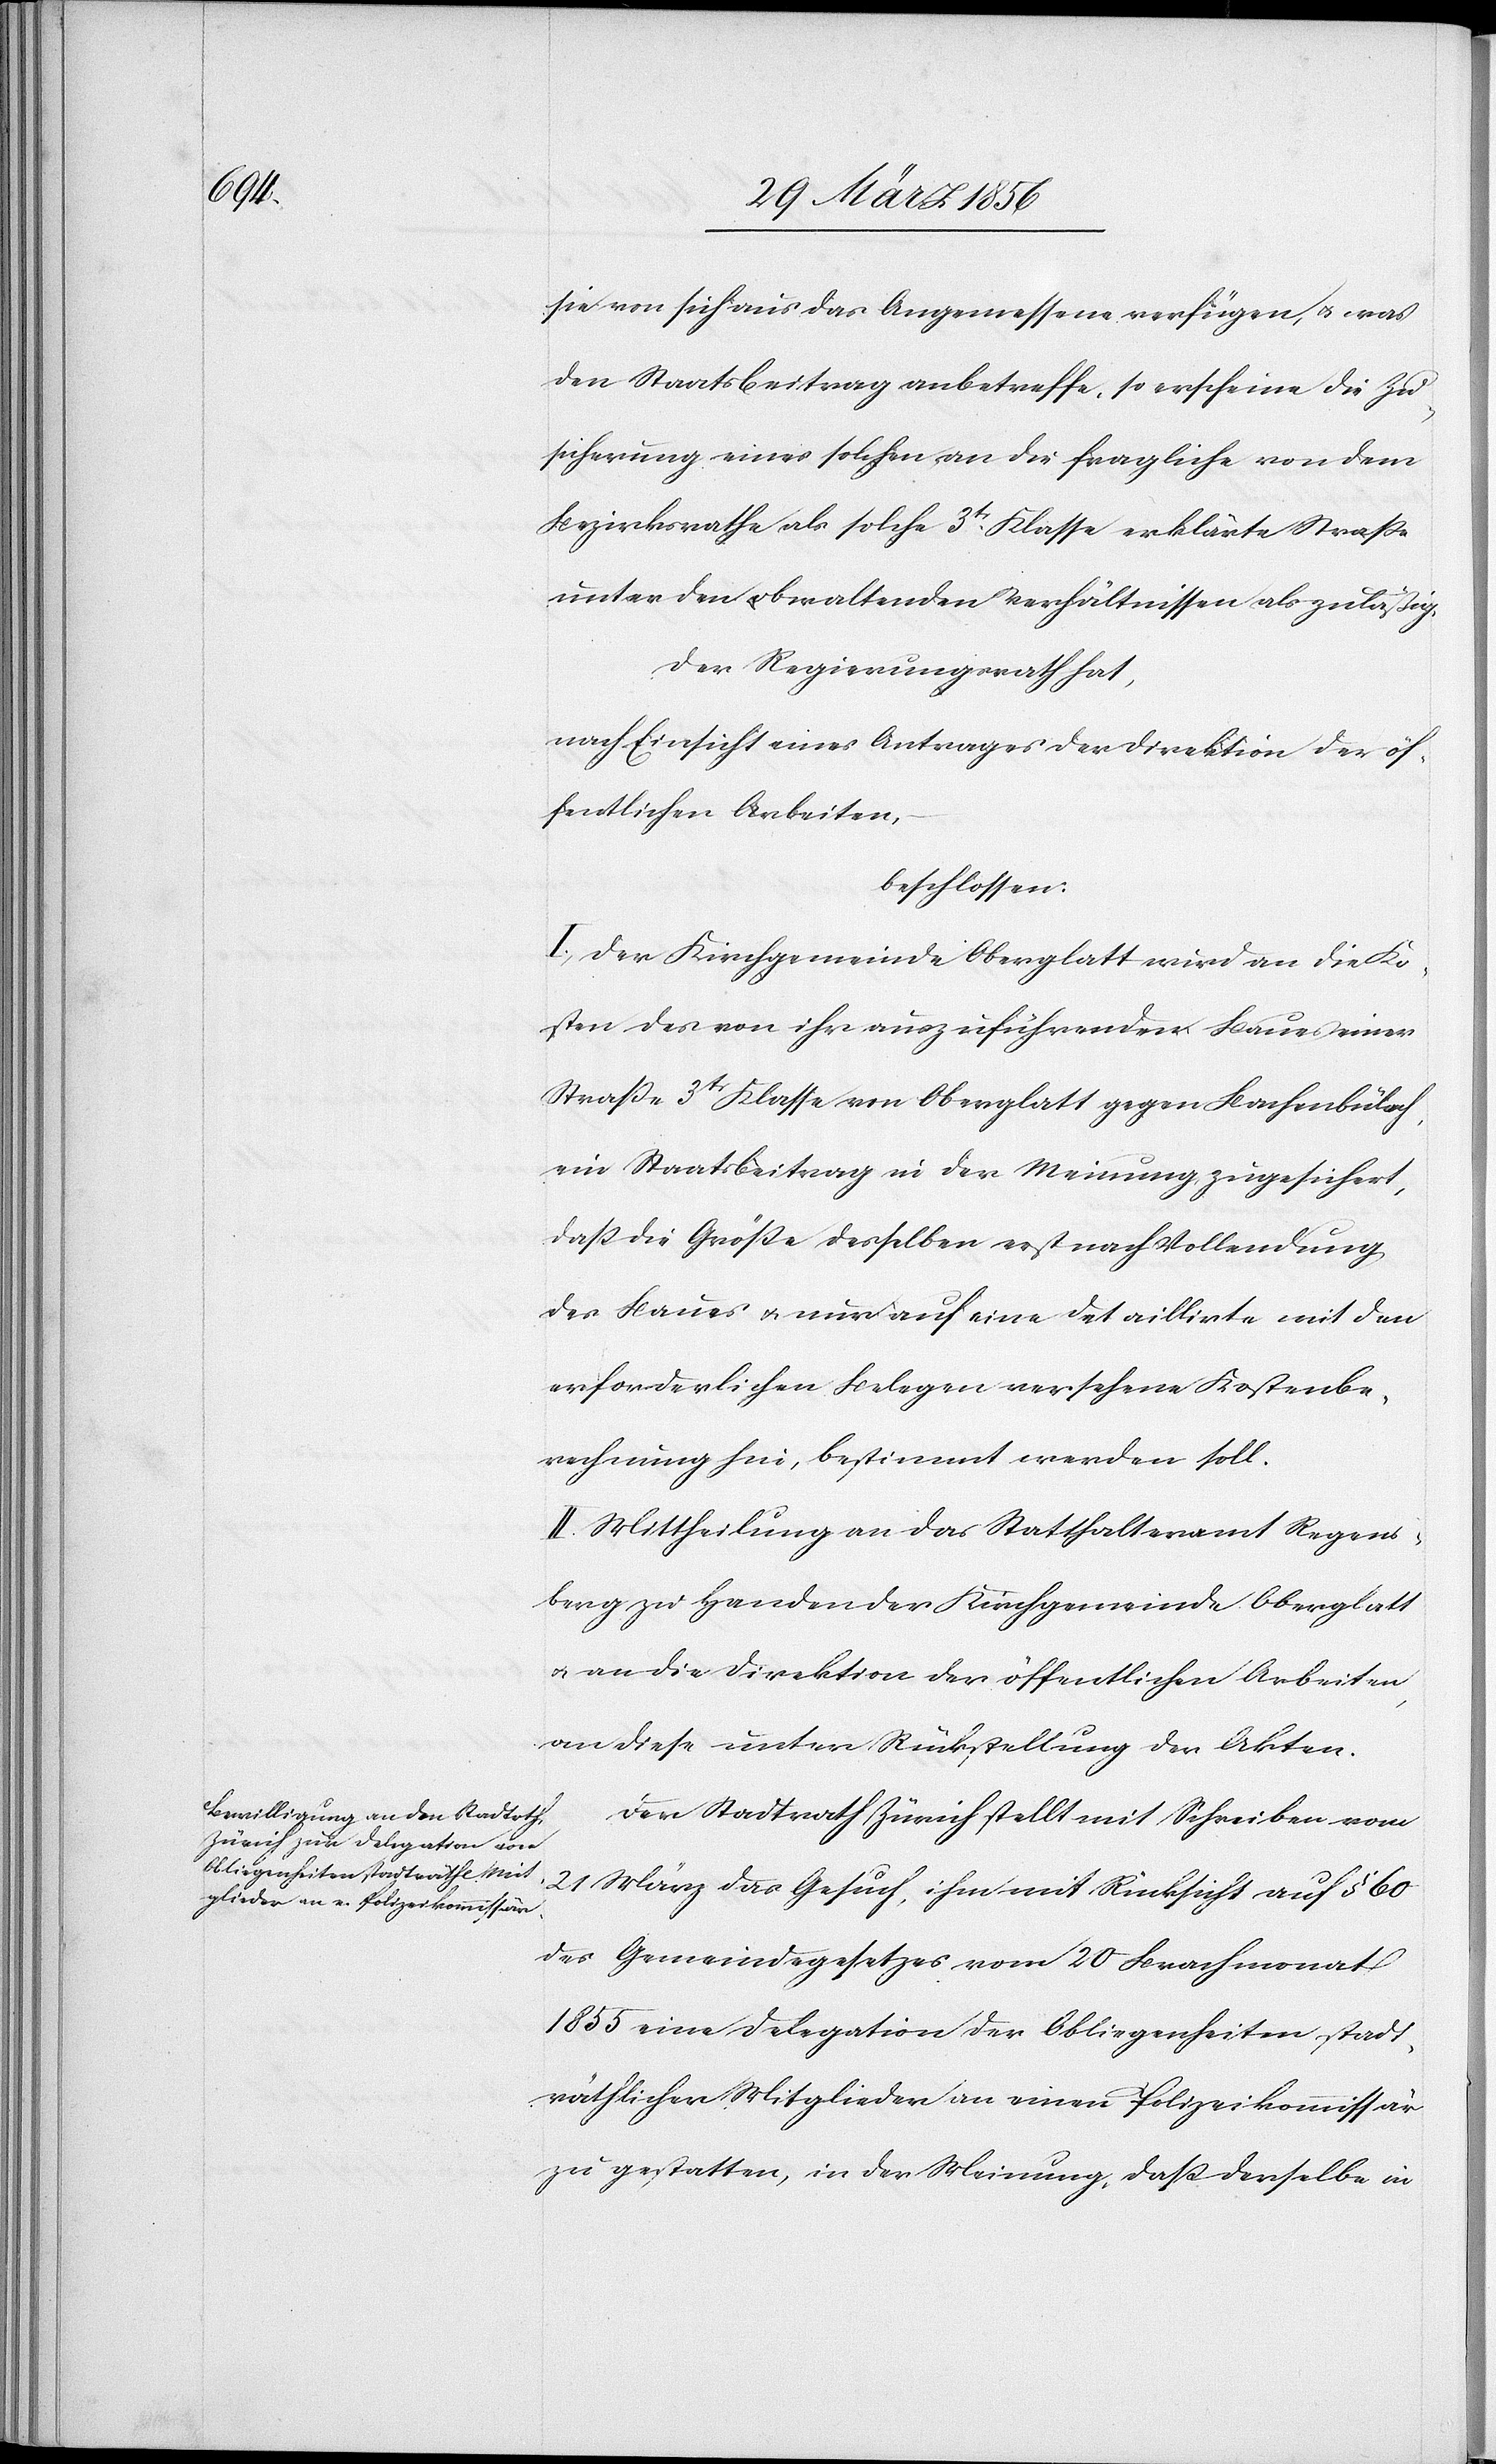
sie von sich aus das Angemessene verfügen, u. was
den Staatsbeitrag anbetreffe, so erscheine die Zu¬
sicherung eines solchen an die fragliche von dem
Bezirksrathe als solche 3tr Klasse erklärte Straße
unter den obwaltenden Verhältnissen als zuläßig.
Der Regierungsrath hat,
nach Einsicht eines Antrages der Direktion der öf¬
fentlichen Arbeiten,
beschlossen:
I., Der Kirchgemeinde Oberglatt wird an die Ko¬
sten des von ihr auszuführenden Baues einer
Straße 3tr Klasse von Oberglatt gegen Bachenbülach
ein Staatsbeitrag in der Meinung zugesichert,
daß die Größe desselben erst nach Vollendung
des Baues u. nur auf eine detaillirte mit den
erforderlichen Belegen versehene Kostenbe¬
rechnung hin, bestimmt werden soll.
II. Mittheilung an das Statthalteramt Regens¬
berg zu Handen der Kirchgemeinde Oberglatt
u. an die Direktion der öffentlichen Arbeiten,
an diese unter Rückstellung der Akten.
Der Stadtrath Zürich stellt mit Rücksicht auf
des Gemeindegesetzes vom 20 Brachmonat
1855 eine Delegation der Obliegenheiten stadt¬
räthlicher Mitglieder an einen Polizeikommissär
zu gestatten, in der Meinung, daß derselbe in